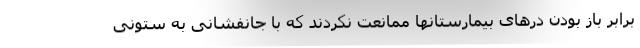
برابر باز بودن درهای بیمارستانها ممانعت نکردند که با جانفشانی به ستونی